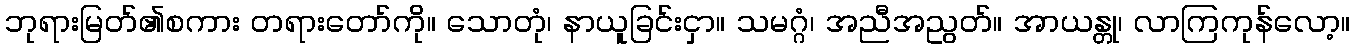
ဘုရားမြတ်၏စကား တရားတော်ကို။ သောတုံ၊ နာယူခြင်းငှာ။ သမဂ္ဂံ၊ အညီအညွတ်။ အာယန္တု၊ လာကြကုန်လော့။